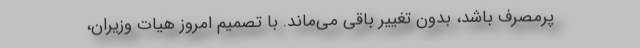
پرمصرف باشد، بدون تغییر باقی می‌ماند. با تصمیم امروز هیات وزیران،